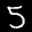
Label: 5